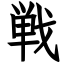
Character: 戦